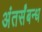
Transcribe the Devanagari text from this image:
अंतर्संबन्ध